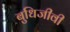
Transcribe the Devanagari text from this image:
बुधिजीवी